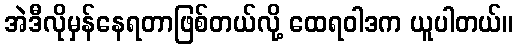
အဲဒီလိုမှန်နေရတာဖြစ်တယ်လို့ ထေရဝါဒက ယူပါတယ်။